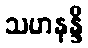
သဟနန္ဒီ